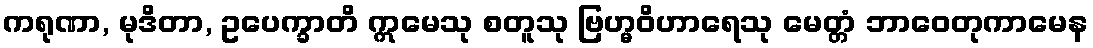
ကရုဏာ, မုဒိတာ, ဥပေက္ခာတိ ဣမေသု စတူသု ဗြဟ္မဝိဟာရေသု မေတ္တံ ဘာဝေတုကာမေန